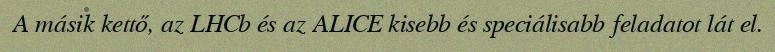
A másik kettő, az LHCb és az ALICE kisebb és speciálisabb feladatot lát el.